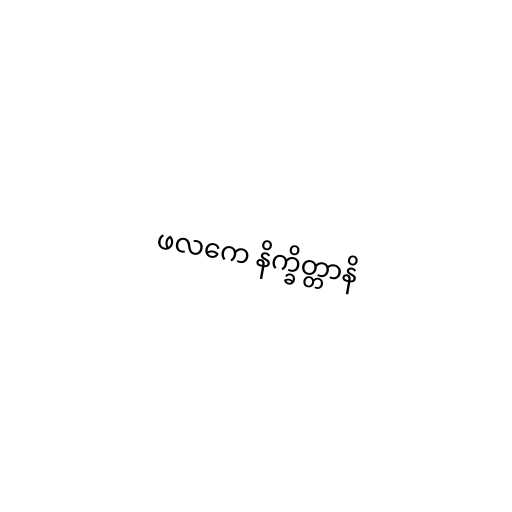
ဖလကေ နိက္ခိတ္တာနိ